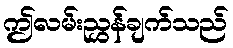
ဤလမ်းညွှန်ချက်သည်